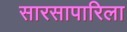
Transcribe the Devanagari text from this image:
सारसापारिला